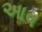
આવ